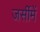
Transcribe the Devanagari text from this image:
जर्सीमें